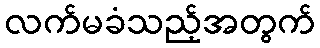
လက်မခံသည့်အတွက်